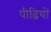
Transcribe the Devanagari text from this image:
पीढ़ियों